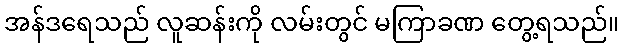
အန်ဒရေသည် လူဆန်းကို လမ်းတွင် မကြာခဏ တွေ့ရသည်။